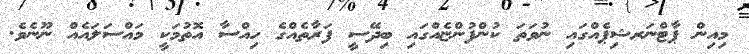
މިއިން ޕާޓްނަރޝިޕެއްގައި ނުވަތަ ކުންފުންޏެއްގައި ބިދޭސީ ފަރާތެއްގެ ހިއްސާ އޮތުމަކީ މައްސަލައެއް ނޫނެވެ.